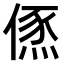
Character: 𠍪